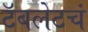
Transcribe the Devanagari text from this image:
टॅबलेटचं